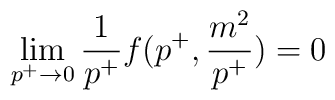
\lim_{p^+ \to 0} {1 \over p^+} f(p^+, {m^2 \over p^+}) = 0